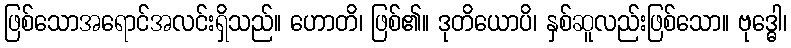
ဖြစ်သောအရောင်အလင်းရှိသည်။ ဟောတိ၊ ဖြစ်၏။ ဒုတိယောပိ၊ နှစ်ဆူလည်းဖြစ်သော။ ဗုဒ္ဓေါ၊